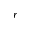
r